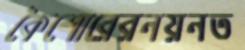
কৈশোরেরনয়নত